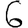
Digit: 6